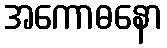
အကောဓနော